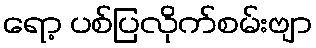
ရော့ ပစ်ပြလိုက်စမ်းဗျာ